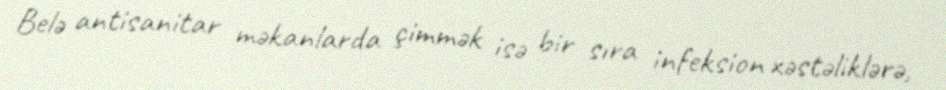
Belə antisanitar məkanlarda çimmək isə bir sıra infeksion xəstəliklərə,